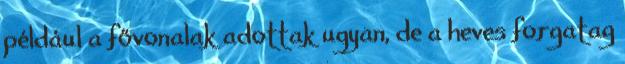
például a fővonalak adottak ugyan, de a heves forgatag